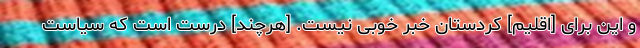
و این برای [اقلیم] کردستان خبر خوبی نیست. [هرچند] درست است که سیاست